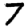
Digit: 7